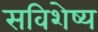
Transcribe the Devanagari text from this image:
सविशेष्य